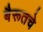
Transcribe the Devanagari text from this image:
बैरूतचे